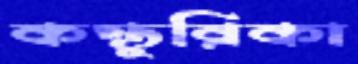
কস্তুরিকা